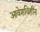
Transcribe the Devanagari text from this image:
आवेशविहीन